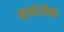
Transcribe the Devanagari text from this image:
हार्डलेस